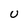
Character: U